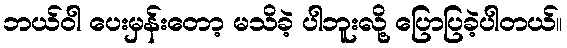
ဘယ်ဝါ ပေးမှန်းတော့ မသိခဲ့ ပါဘူးလို့ ပြောပြခဲ့ပါတယ်။